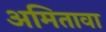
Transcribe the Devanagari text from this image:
अमितावा